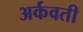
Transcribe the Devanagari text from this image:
अर्कवती